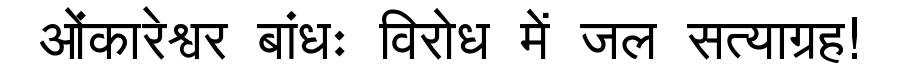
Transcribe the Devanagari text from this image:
ओंकारेश्वर बांधः विरोध में जल सत्याग्रह!